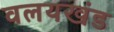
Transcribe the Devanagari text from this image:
वलयखंड